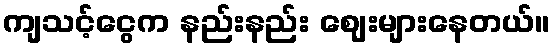
ကျသင့်ငွေက နည်းနည်း ဈေးများနေတယ်။